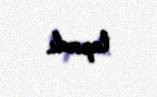
tapırdı.